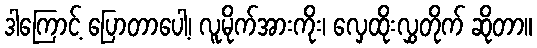
ဒါကြောင့် ပြောတာပေါ့၊ လူမိုက်အားကိုး၊ လှေထိုးလွှတိုက် ဆိုတာ။